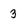
Character: 3